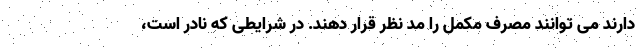
دارند می توانند مصرف مکمل را مد نظر قرار دهند. در شرایطی که نادر است،